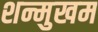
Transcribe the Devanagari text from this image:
शन्मुखम